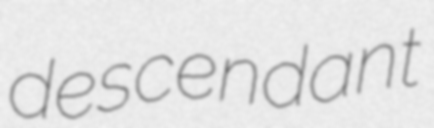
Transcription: descendant